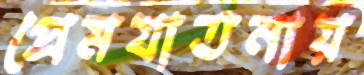
প্রেমযাতনায়